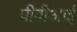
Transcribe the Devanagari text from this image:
पीवीआई